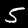
Digit: 5